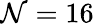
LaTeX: \mathcal{N}=16